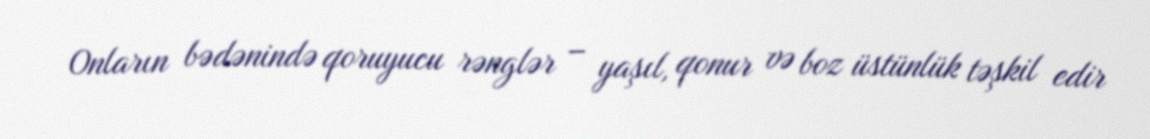
Onların bədənində qoruyucu rənglər – yaşıl, qonur və boz üstünlük təşkil edir